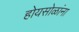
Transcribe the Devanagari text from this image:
होयसोळांना